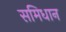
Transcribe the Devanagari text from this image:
समिधान